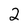
Character: 2